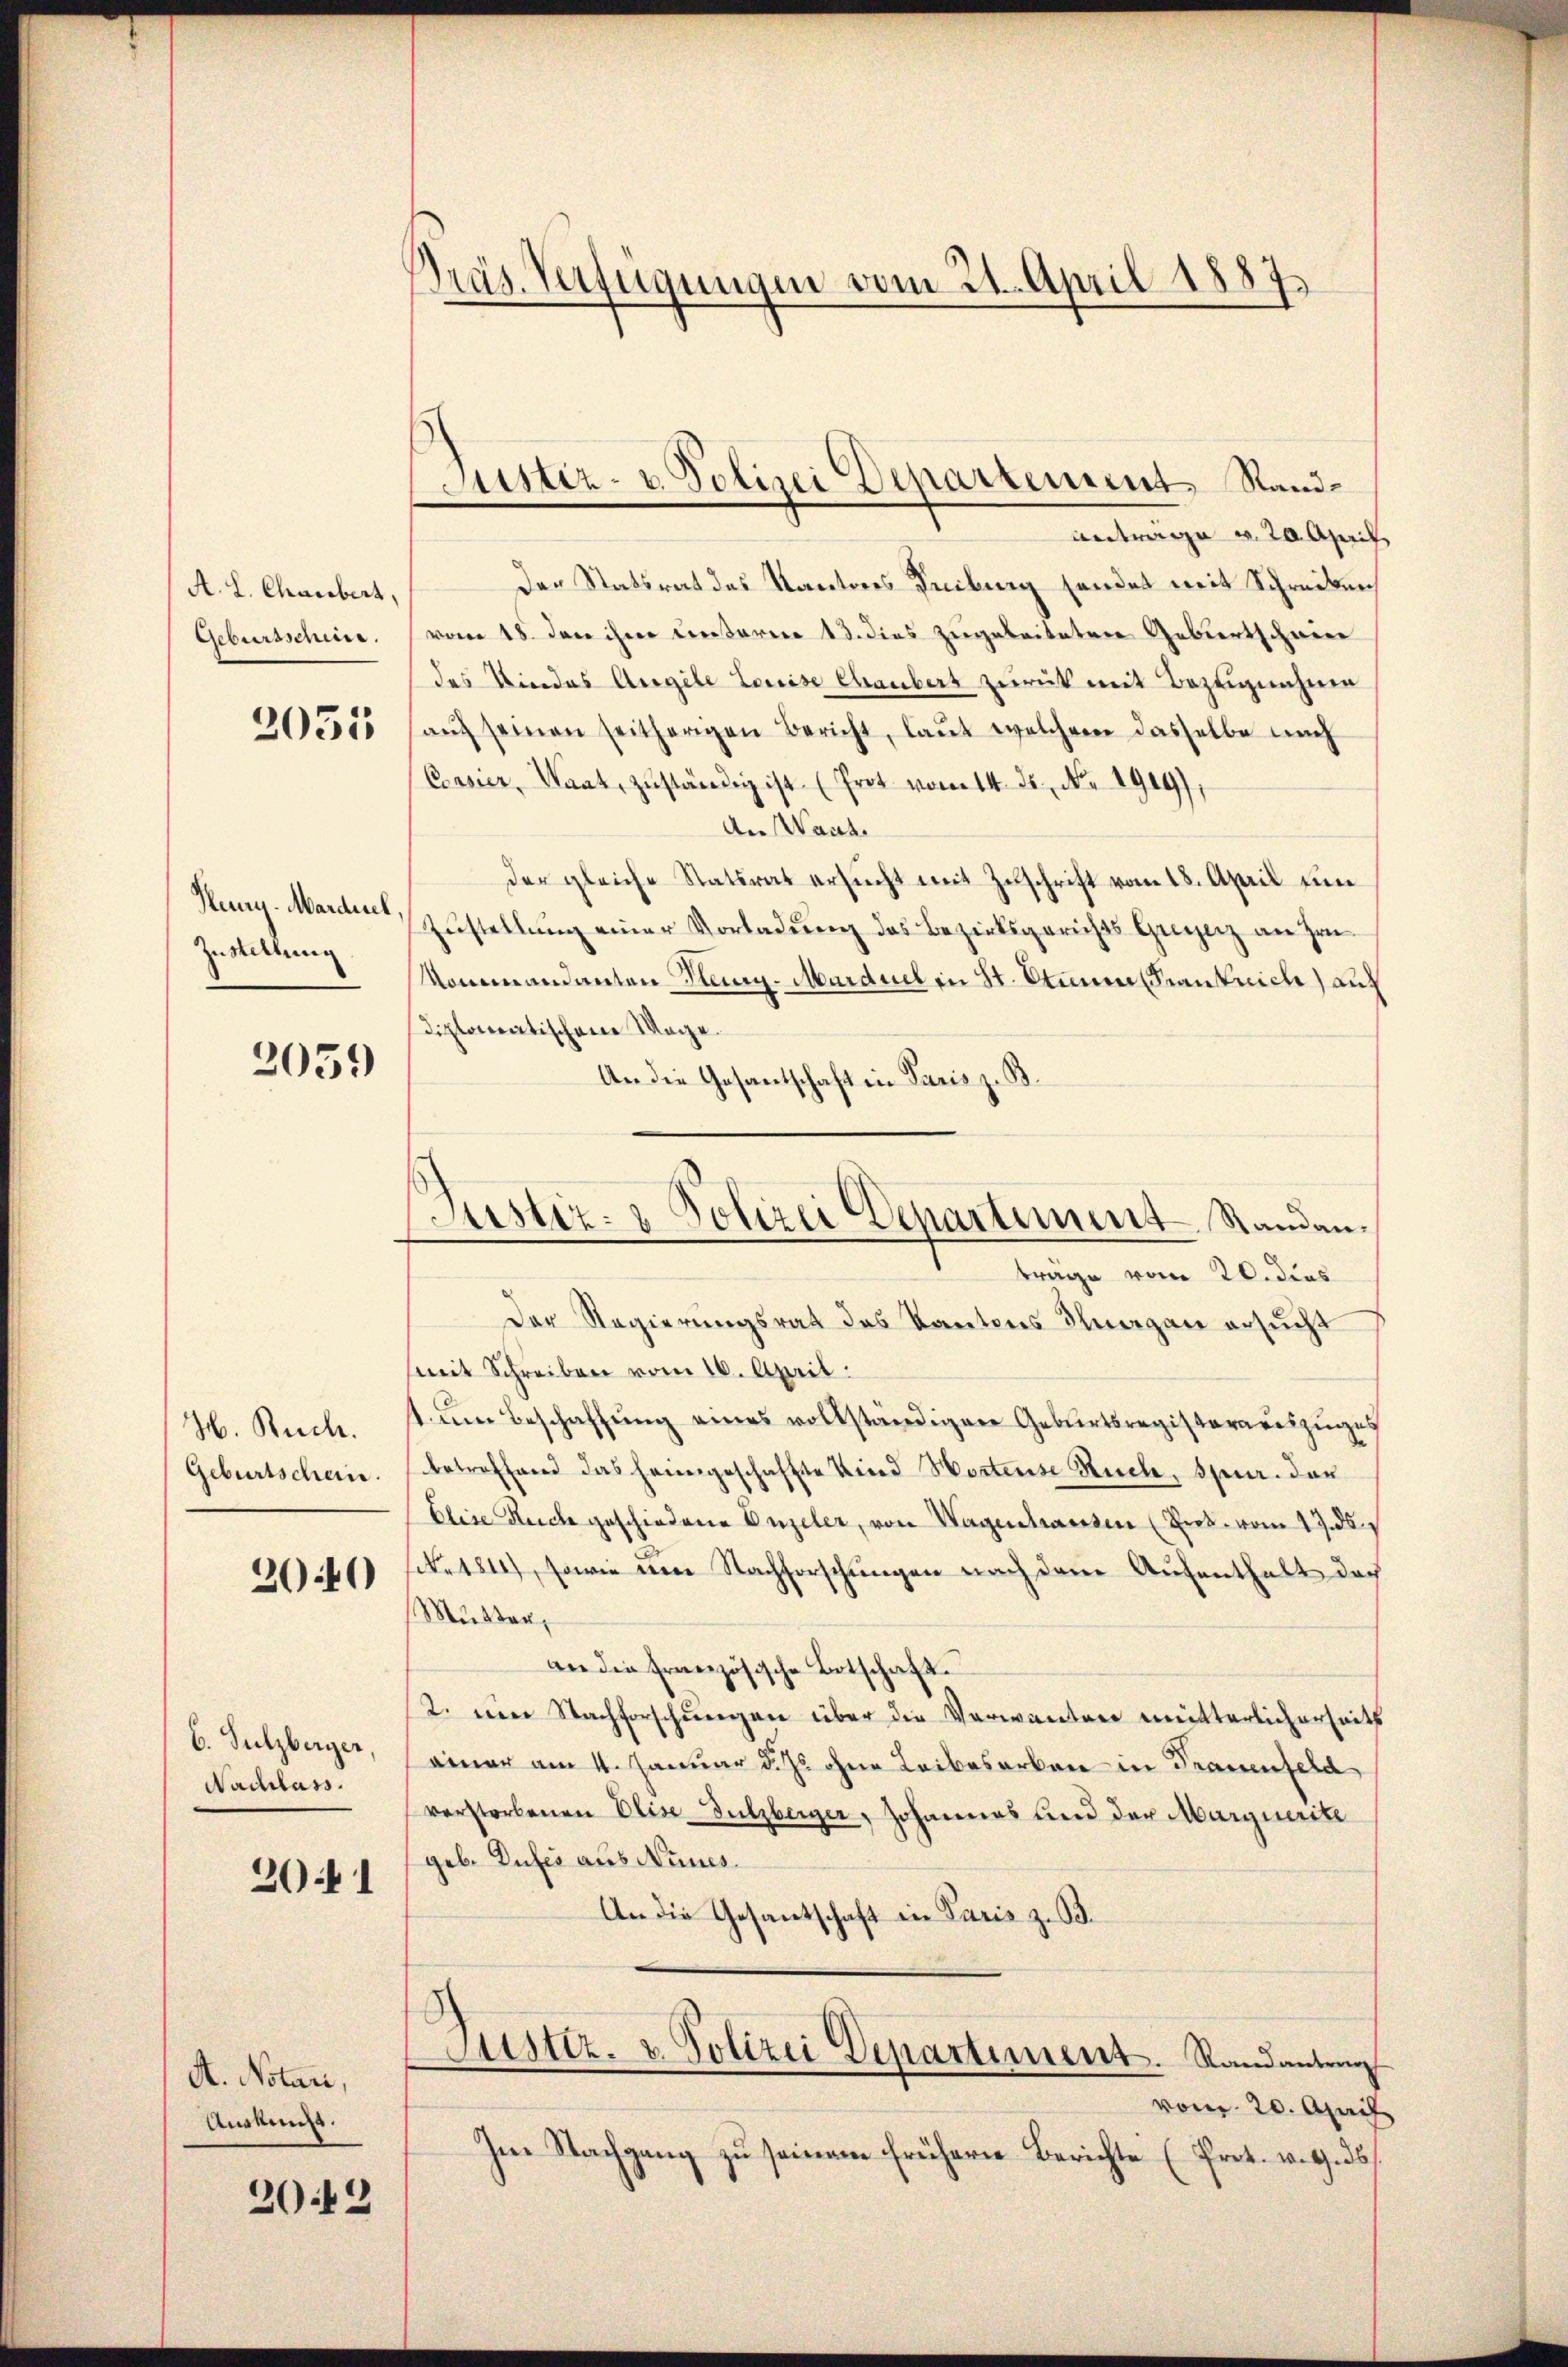
A. L. Chaubert,
Gebursschine.

2055

Huny-Mardel,
Zustellung

2059

H. Buch.
Geburtschein.

2040

b. Sulzberger,
Nachlass.

2041

A. Notari,
Auskunft.

2042

Präs. Verfügungen vom 21. April 1887.

antrage v. 20. April,
Der Statsrat des Kantons Reiburg sendet mit Schreiben
vom 18. den ihrer Centaren 13. dies zugeleiteten Gebiertschwier
des Kindes Angele Louise Chaubert zurück mit Bezugnahme
aŭf seinen seitherigen Bericht, laut welchem dasselbe nach
Casier, Waat, zŭständig ist. (Frot vom 14. ds. No. 1919),
An Waad
der gleiche Statsrat ersucht mit Zuschrift vom 18. April um
Zustellung einer Vorladung des Bezirksgerichts Greyerz an Hrn.
kommandanten Steig. Marduel in St. Stime Krankrich) auf
diplomatischene Mage
An die Gesantschaft in Paris z. B.
Der Regierungsrat des Kantons Thurgau ersucht
mit Schreiben vom 16. April:
t um Beschaffung eines vollständigen Geburtsregisterariszugeg
betreffend das heimgeschaffte Kind Wortense Ruch, spur. dar
Elise Ruche geschiedene Unzeler, von Wagenhausen (Prok. vom 17. d.
e 1814), sowie eine Nachforschungen nach dem Aufenthalt doch
Mutter,
an die französische Botschaft.
¬
2. Den Nachforschungen über die Verwanten mitterlicherheits
einer am 11. Januar d. Js ohne Leibesarben in Trauenfeld
verstorbenen Elise Sulzberger, Johannes und der Marquerite
geb. Zufer aus Neues.
An die Gesantschaft in Paris z. B.
Justiz- u. Polizei Departiment. Randantrag
vom 20. April
Im Nachgang zu seinem frühern Berichte (Prot. v. G. 36

Justiz- u. Polizei Departement Sand¬

Justiz- & Polizei Departement Standen.
trage vom 20. dies